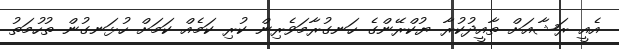
އެއީ ރަޝާއަށް ތާއީދުކުރާ ޔުކްރޭންގެ ހަނގުރާމަވެރިން ކުރި ކަމެއް ކަމަށް ހުޅަނގުން ތުހުމަތު